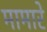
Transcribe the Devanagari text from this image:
मामारे